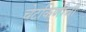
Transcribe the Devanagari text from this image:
चेटकिणीची